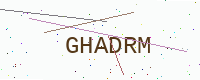
Text: GHADRM